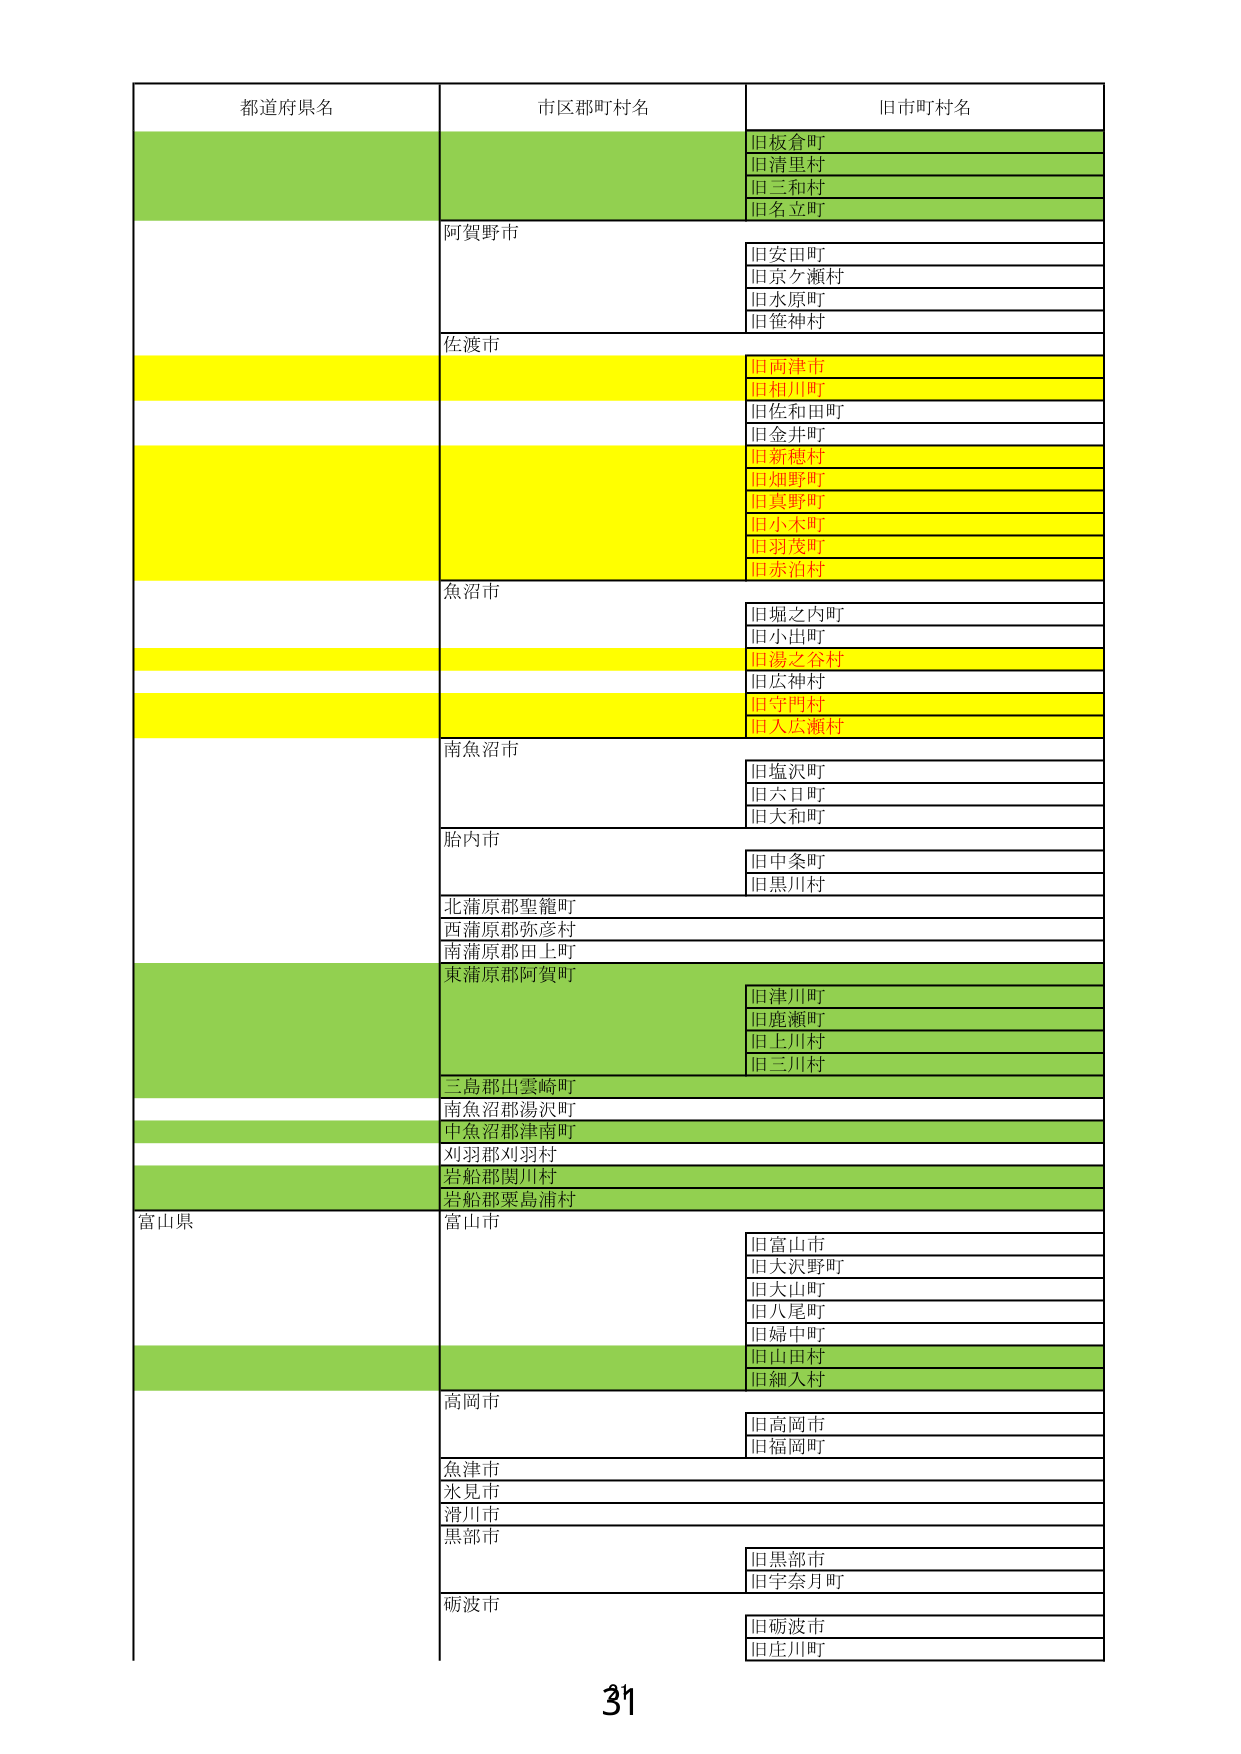
都道府県名
市区郡町村名
旧市町村名
旧板倉町
旧清里村
旧三和村
旧名立町
阿賀野市
旧安田町
旧京ヶ瀬村
旧水原町
旧笹神村
佐渡市
旧両津市
旧相川町
旧佐和田町
旧金井町
旧新穂村
旧畑野町
旧真野町
旧小木町
旧羽茂町
旧赤泊村
魚沼市
旧堀之内町
旧小出町
旧湯之谷村
旧広神村
旧守門村
旧入広瀬村
南魚沼市
旧塩沢町
旧六日町
旧大和町
胎内市
旧中条町
旧黒川村
北蒲原郡聖籠町
西蒲原郡弥彦村
南蒲原郡田上町
東蒲原郡阿賀町
旧津川町
旧鹿瀬町
旧上川村
旧三川村
三島郡出雲崎町
南魚沼郡湯沢町
中魚沼郡津南町
刈羽郡刈羽村
岩船郡関川村
岩船郡粟島浦村
富山県
富山市
旧富山市
旧大沢野町
旧大山町
旧八尾町
旧婦中町
旧山田村
旧細入村
高岡市
旧高岡市
旧福岡町
魚津市
氷見市
滑川市
黒部市
旧黒部市
旧宇奈月町
砺波市
旧砺波市
旧庄川町
31